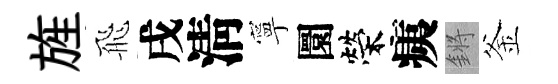
旌飛戌淸寧圜榮痍鏘釜